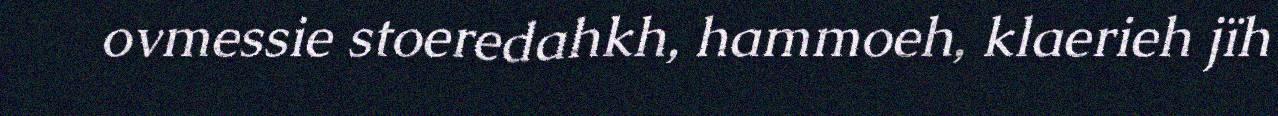
ovmessie stoeredahkh, hammoeh, klaerieh jïh